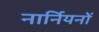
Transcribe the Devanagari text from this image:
नार्नियनों